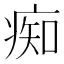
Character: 痴